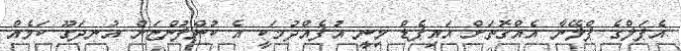
އެޕަލްގެ ޕްލޭނާ އެއްގޮތަށް އައިޕެޑް މިނީ އުފެއްދުމަކީ އެ ކުންފުންޏަށް އުނދަގޫ ކަމެއް